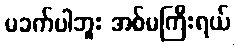
မခက်ပါဘူး အစ်မကြီးရယ်